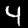
Label: 4